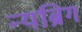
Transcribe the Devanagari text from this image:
न्यब्रिग